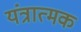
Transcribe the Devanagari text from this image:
यंत्रात्मक